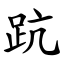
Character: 䟘